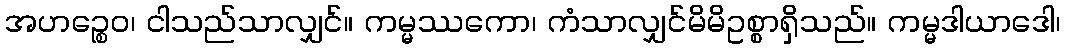
အဟဉ္စေဝ၊ ငါသည်သာလျှင်။ ကမ္မဿကော၊ ကံသာလျှင်မိမိဥစ္စာရှိသည်။ ကမ္မဒါယာဒေါ၊